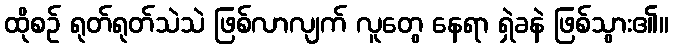
ထိုစဉ် ရုတ်ရုတ်သဲသဲ ဖြစ်လာလျက် လူတွေ နေရာ ရှဲခနဲ ဖြစ်သွား၏။